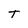
Character: T